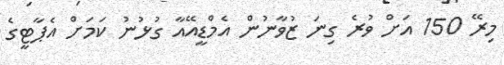
މިރޭ 150 އަށް ވުރެ ގިނަ ޒުވާނުން އެމްޑީއޭއާ ގުޅުނު ކަމަށް އެޕާޓީގެ